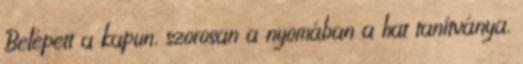
Belépett a kapun, szorosan a nyomában a hat tanítványa,